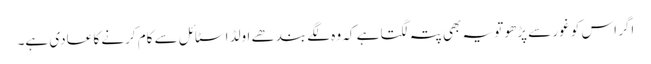
اگر اس کو غور سے پڑھو تو یہ بھی پتہ لگتا ہے کہ وہ لگے بندھے اولڈ اسٹائل سے کام کرنے کا عادی ہے۔